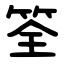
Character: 筌